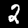
Digit: 2